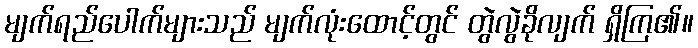
မျက်ရည်ပေါက်များသည် မျက်လုံးထောင့်တွင် တွဲလွဲခိုလျက် ရှိကြ၏။